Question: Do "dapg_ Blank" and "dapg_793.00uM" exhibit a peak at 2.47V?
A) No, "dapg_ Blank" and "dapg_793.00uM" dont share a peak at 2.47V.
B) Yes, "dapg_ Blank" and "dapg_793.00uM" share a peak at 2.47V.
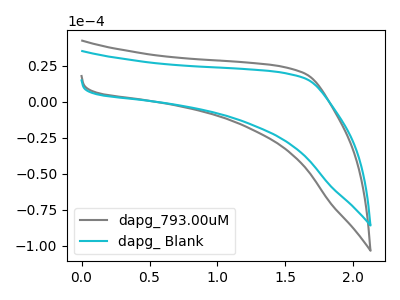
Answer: <think>The gray curve "dapg_793.00uM" has no peaks. The cyan curve "dapg_ Blank" has no peaks.</think>
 <answer>A) No, "dapg_ Blank" and "dapg_793.00uM" dont share a peak at 2.47V.</answer>
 <eval>A</eval>